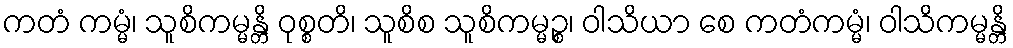
ကတံ ကမ္မံ၊ သူစိကမ္မန္တိ ဝုစ္စတိ၊ သူစိစ သူစိကမ္မဉ္စ၊ ဝါသိယာ စေ ကတံကမ္မံ၊ ဝါသိကမ္မန္တိ